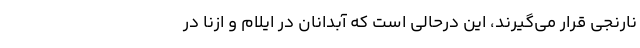
نارنجی قرار می‌گیرند، این درحالی است که آبدانان در ایلام و ازنا در